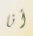
أنا